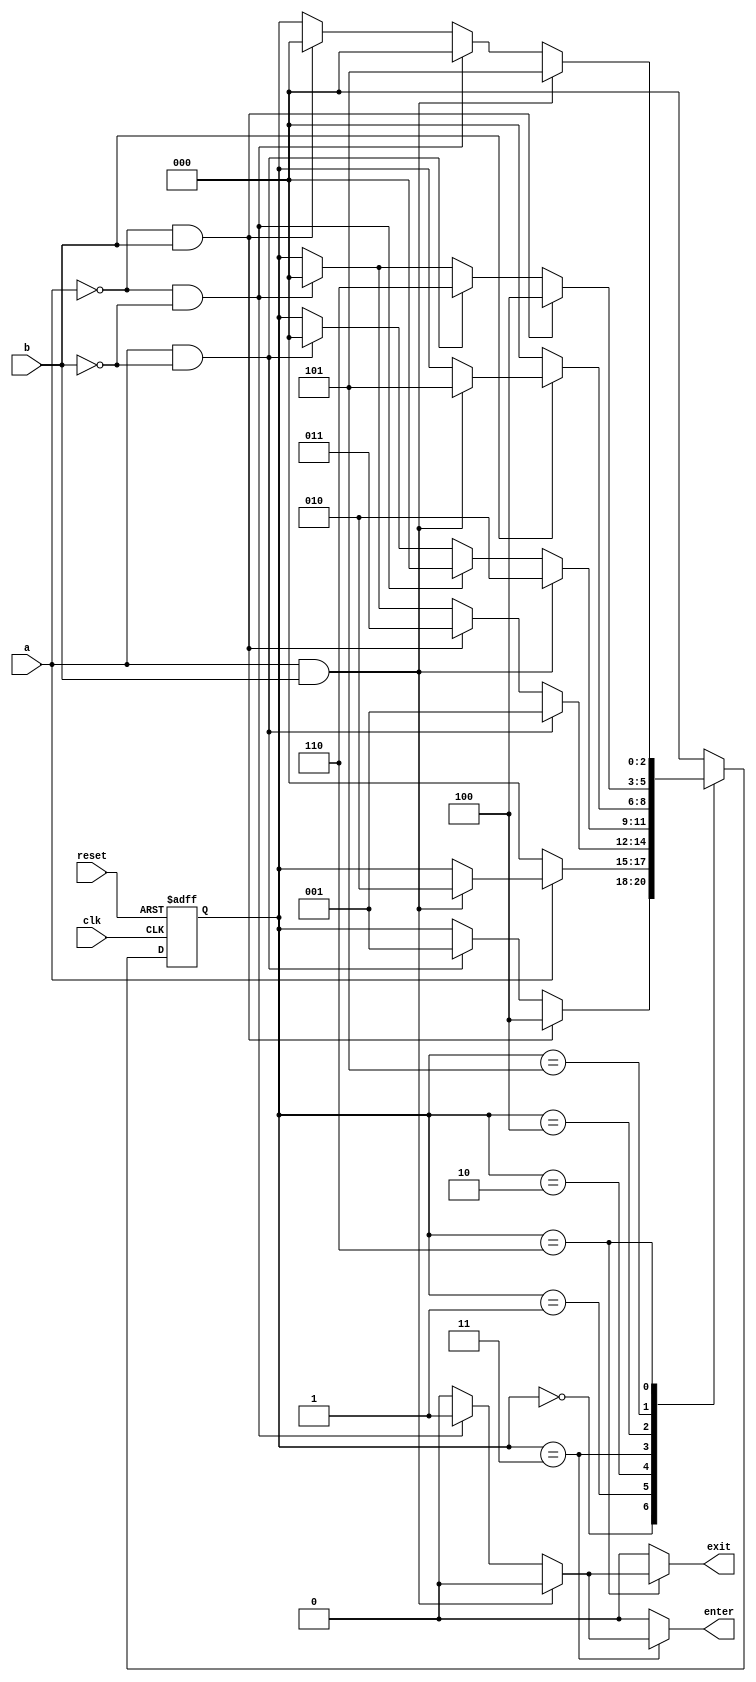
module parking_lot_counter(
    input clk, reset,
    input a,
    input b,
    output reg enter,
    output reg exit
    );
    
    //assigns state names to bit values for case statement
    localparam [2:0] open = 3'b000, 
                     enter_a = 2'b001, 
                     enter_ab  = 3'b010, 
                     enter_b = 3'b011,
                     exit_b = 3'b100,
                     exit_ab = 3'b101,
                     exit_a = 3'b110;
                     
    reg [2:0] state_reg, state_next;
    
    //D FF 
    always @(posedge clk, posedge reset)
        if(reset)
            state_reg = open;
        else
            state_reg = state_next;
            
    //next state and output logic
    always @*   
        begin
            //assign default values
            enter = 1'b0;
            exit = 1'b0;
            state_next = state_reg;
            case(state_reg)
                open: 
                    if(~a && b)
                        state_next = exit_b;
                    else if(a && ~b)
                        state_next = enter_a;
                enter_a: 
                    if(~a)
                        state_next = open;
                    else if(a && b)
                        state_next = enter_ab;
                enter_ab: 
                    if(a && ~b)
                        state_next = enter_a;
                    else if(~a && b)
                        state_next = enter_b;
                    else if(~a && ~b)
                        state_next = open;
                
                enter_b: 
                    if(a && b)
                        state_next = enter_ab;
                    else if(~a && ~b)
                        begin
                            enter = 1'b1;
                            state_next = open;
                        end
                    else if(a && ~b)
                        state_next = open;
                exit_b: 
                    if(~b)
                        state_next = open;
                    else if(a && b)
                        state_next = exit_ab;
                exit_ab: 
                    if(~a && b)
                        state_next = exit_b;
                    else if(a && ~b)
                        state_next = exit_a;
                    else if(~a && ~b)
                        state_next = open;
                exit_a: 
                    if(a && b)
                        state_next = exit_ab;
                    else if(~a && ~b)
                        begin
                            exit = 1'b1;
                            state_next = open;
                        end
                    else if(~a && b)
                        state_next = open;
                default: state_next = open;
            endcase
        end
    
endmodule